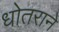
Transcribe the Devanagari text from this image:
धोतराने